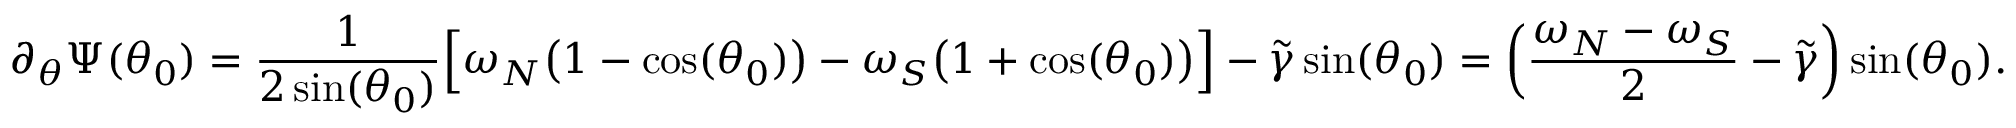
\partial _ { \theta } \Psi ( \theta _ { 0 } ) = \frac { 1 } { 2 \sin ( \theta _ { 0 } ) } \Big [ \omega _ { N } \big ( 1 - \cos ( \theta _ { 0 } ) \big ) - \omega _ { S } \big ( 1 + \cos ( \theta _ { 0 } ) \big ) \Big ] - \widetilde { \gamma } \sin ( \theta _ { 0 } ) = \left( \frac { \omega _ { N } - \omega _ { S } } { 2 } - \widetilde { \gamma } \right) \sin ( \theta _ { 0 } ) .